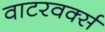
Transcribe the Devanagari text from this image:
वाटरवर्क्स